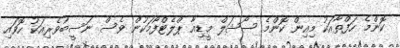
ކޮންމެ ހަފްތާއަކު މިއިން ކޮންމެ ސޯޝަލް މީޑިއާ ޕްލެޓްފޯމަކުން ވެސް ނަސީބުވެރިއަކު ހޮވައި